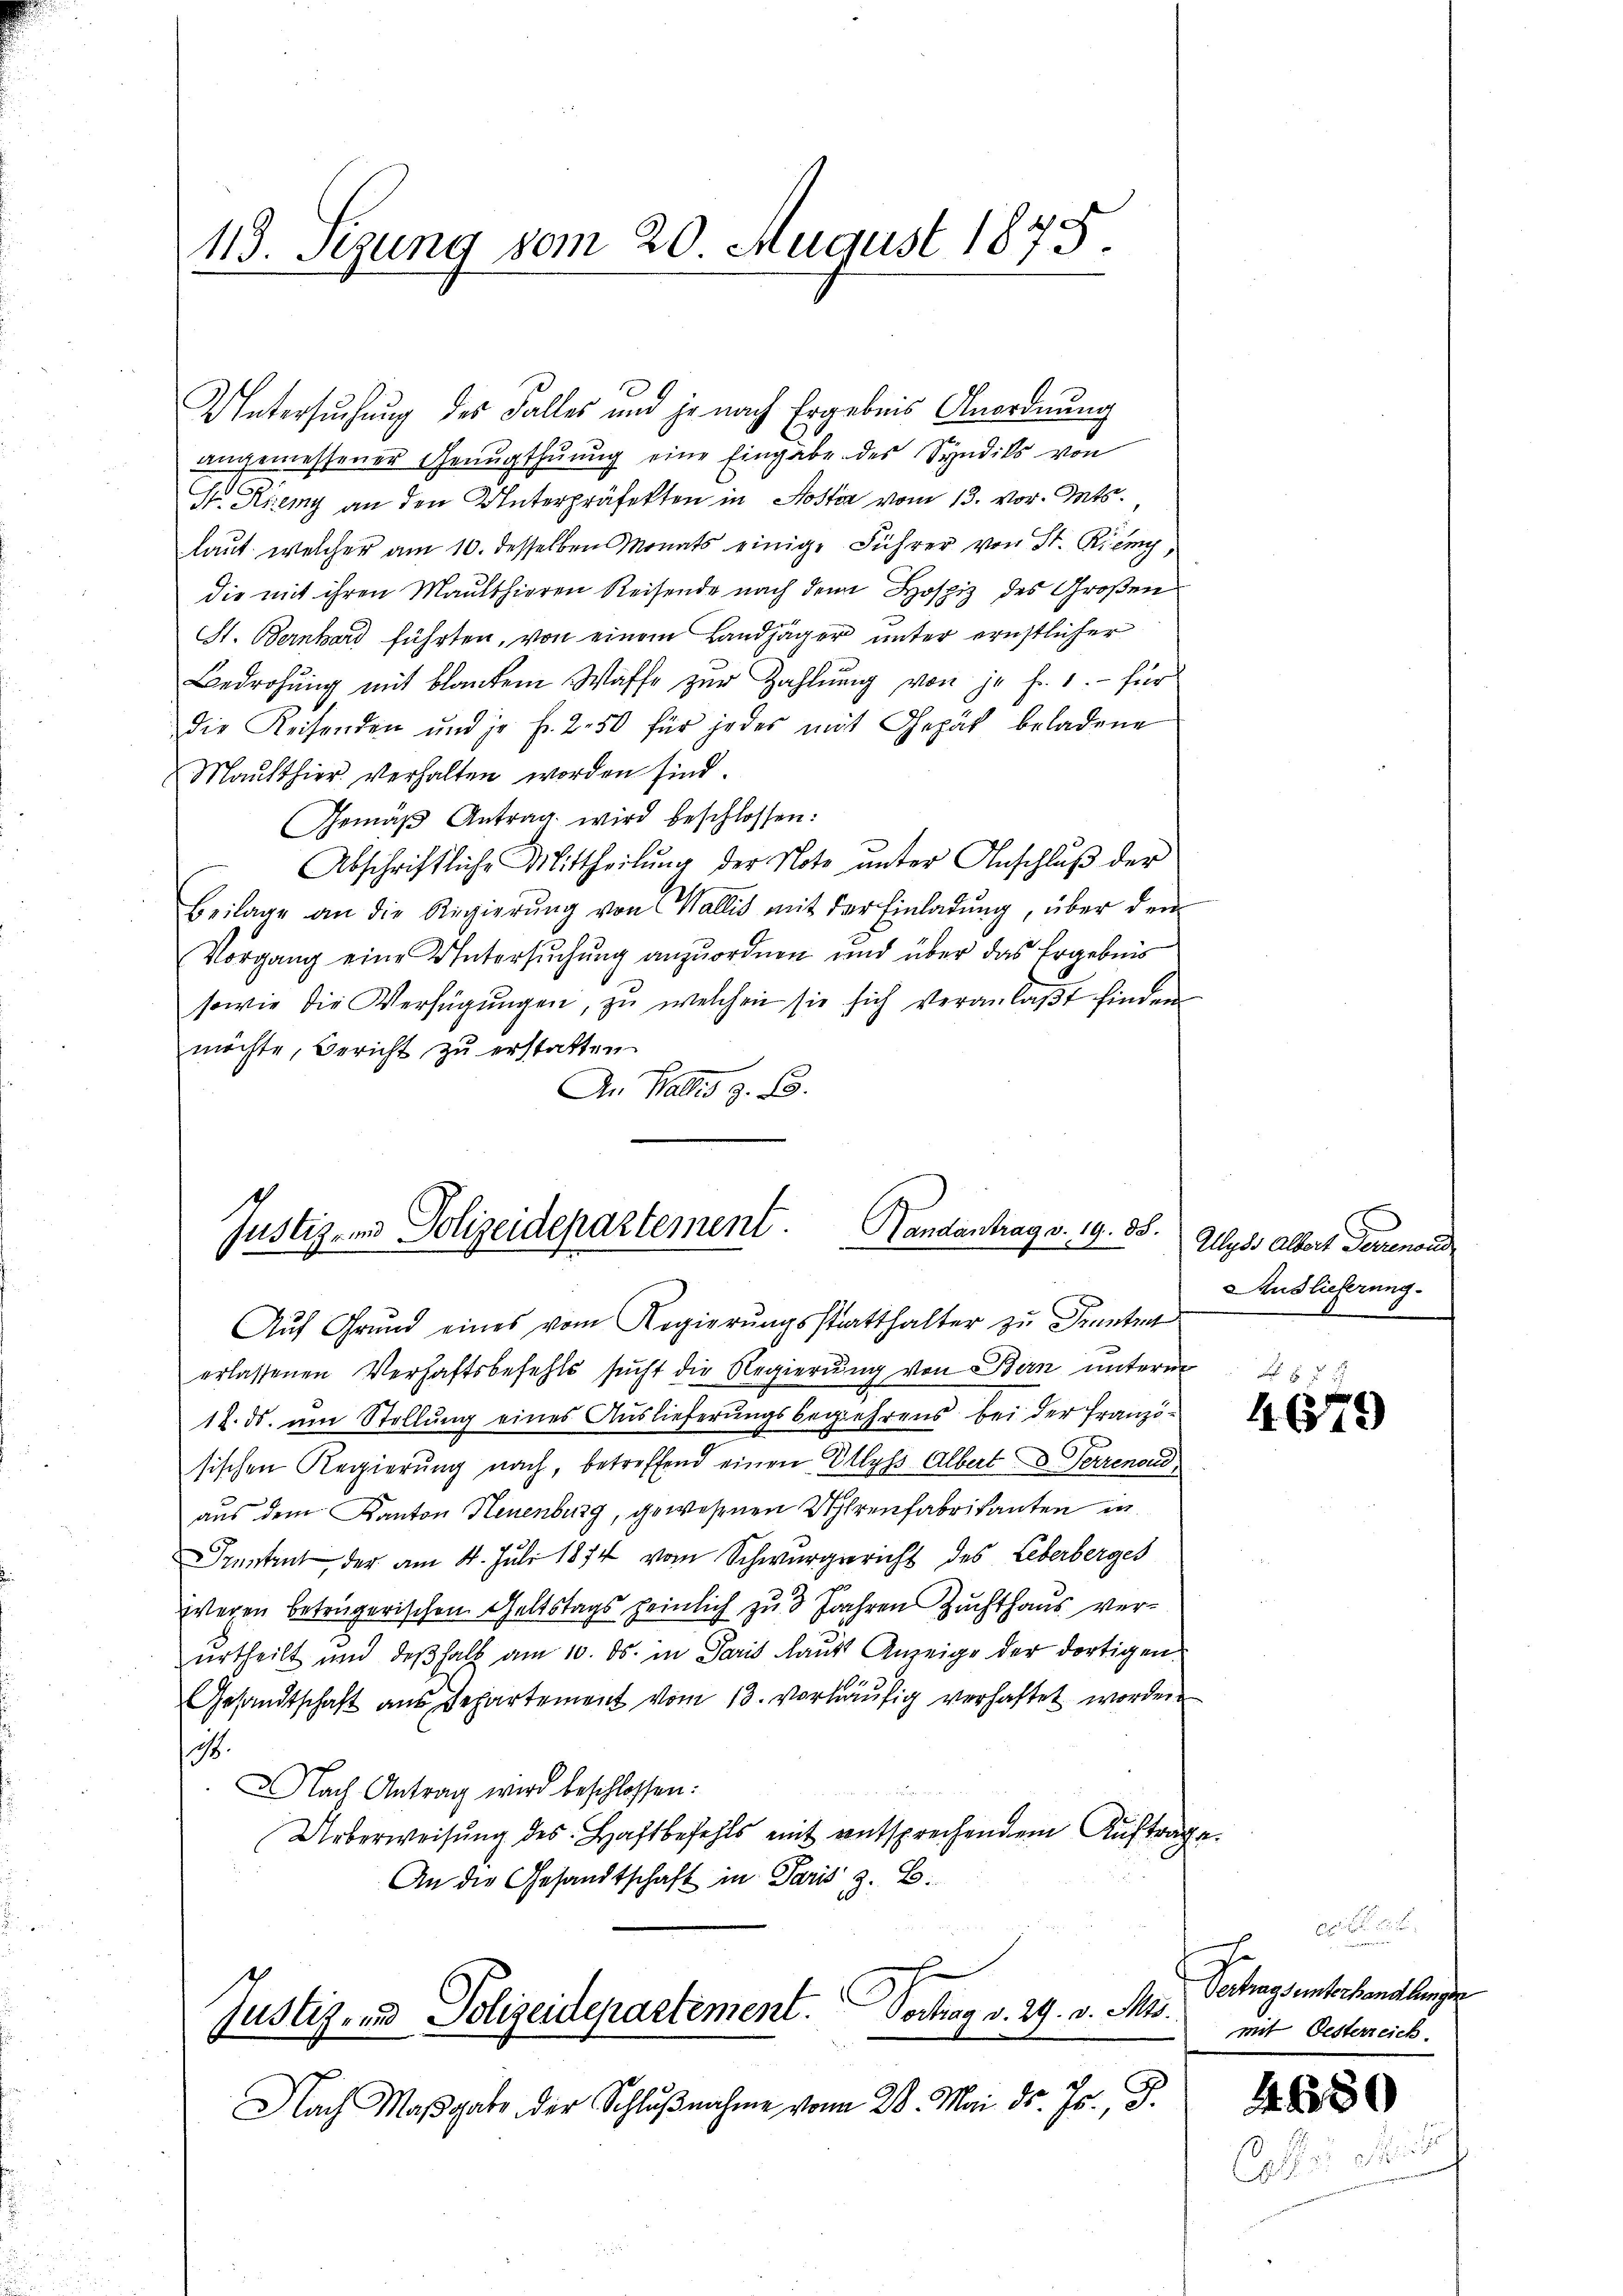
113. Sezung vom 20 August 1875

angemessener Genugthuung eine Eingabe des Syndiks von
Sr. Kremy an den Unterpräfekten in Kosten vom 13. vor. Mts.
laut, welcher am 10. desselben Monats einige Führer von St. Riemy,
die mit ihren Maulthieren Reisende nach dem Hospiz des Großen
St. Bernhard führten, von einem Landjäger unter ernstlicher
Bedrohŭng mit blanten Waffe zŭr Zahlŭng von je f. 1.- für
die Reisenden und je Fr. 250 für jedes mit Gehät beladene
Mausthier verhalten worden sind.
Gemäβ Antrag wird beschlossen:
Abschriftliche Mittheilŭng der Note ŭnter Anschluß der
Beilage an die Regierŭng von Wallis mit der Einladung, über den
Vorgang eine Untersuchung anzuordnen und über das Ergebnis
sowie die Verfügŭngen, zŭ welchen sie sich veranlaβt finden
möchte, Bericht zu erstatten.
An Valtis z. B.

Untersuchung des Falles und je nach Ergebnis Anordnung

Justiz- und Polizeidepartement. Handantrag v. 19. 88.

Aŭf Grŭnd eines vom Regierŭngsstatthalter zŭ Franten
erlassenen Verhaftsbefehls sucht die Regierung von Bern unterm
12. ds. ŭm Stellŭng eines Auslieferungsbegehrens bei der Franzi
sischen Regierŭng nach, betreffend einen Ellyss Albert 8 Terrenoud
aus dem Kanton Neuenburg, gewesenen Uhrenfabrikanten in
runtent der am 4. Juli 1874 vom Schwurgericht des Leberberges
wegen beträgerischen Geltstags heinlich zu 3 Jahren Zuchthaus verŭrtheilt und deβhalb am 10. ds. in Paris laŭt Anzeige der dortigen.
Gesandtschaft ans Departement vom 13. vorläŭfig verhaftet worden
.
Nach Antrag wird beschlossen:
Ueberweisŭng des Haftbefehls mit entsprechendem Auftrage
An die Gesandtschaft in Paris z. B.
Vortrag v. 29. v. Mts.
Justiz- und Polizeidepartement.
Nach Maβgabe der Schlŭβnahme vom 28. Mai d. Js., S.

Ulyss Albert Ferienord
Auslieferung.

e

57 x

Vertragsunterhandlungen
mit Oesterreich

4.680